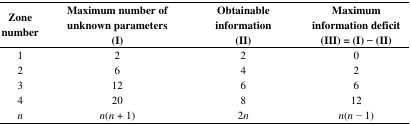
<table><thead><tr><td><b>Zone number</b></td><td><b>Maximum number of unknown parameters (I)</b></td><td><b>Obtainable information (II)</b></td><td><b>Maximum information deficit (III) = (I) – (II)</b></td></tr></thead><tbody><tr><td>1</td><td>2</td><td>2</td><td>0</td></tr><tr><td>2</td><td>6</td><td>4</td><td>2</td></tr><tr><td>3</td><td>12</td><td>6</td><td>6</td></tr><tr><td>4</td><td>20</td><td>8</td><td>12</td></tr><tr><td><i>n</i></td><td><i>n</i>(<i>n</i> + 1)</td><td>2<i>n</i></td><td><i>n</i>(<i>n</i> − 1)</td></tr></tbody></table>